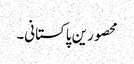
محصورین پاکستانی۔